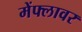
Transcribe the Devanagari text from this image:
मेंफ्लावर